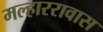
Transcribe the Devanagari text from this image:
मल्हाररावास